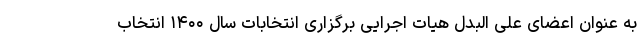
به عنوان اعضای علی البدل هیات اجرایی برگزاری انتخابات سال ۱۴۰۰ انتخاب